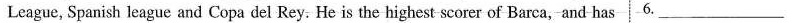
League, Spanish league and Copa del Rey. He is the highest scorer of Barca, and has 6.___